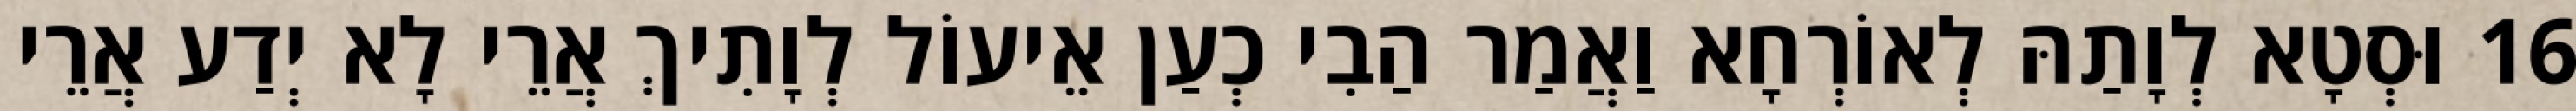
16 וּסְטָא לְוָתַהּ לְאוֹרְחָא וַאֲמַר הַבִי כְעַן אֵיעוֹל לְוָתִיךְ אֲרֵי לָא יְדַע אֲרֵי